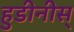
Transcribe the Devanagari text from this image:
हुडीनीस्